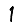
Digit: 1